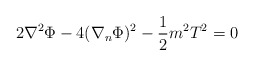
\begin{align*} 2\nabla^{2}\Phi-4(\nabla_{n}\Phi)^{2}-\frac{1}{2}m^{2}T^{2}=0\end{align*}